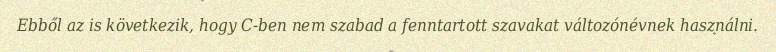
Ebből az is következik, hogy C-ben nem szabad a fenntartott szavakat változónévnek használni.